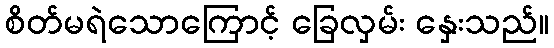
စိတ်မရဲသောကြောင့် ခြေလှမ်း နှေးသည်။